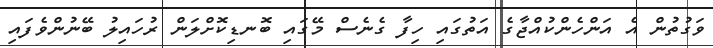
ވަގުތުން އެ އަންހެންކުއްޖާގެ އަތުގައި ހިފާ ގެނެސް މޭގައި ބޮނޑިކޮށްލަން ރުހައިލު ބޭނުންވެފައި